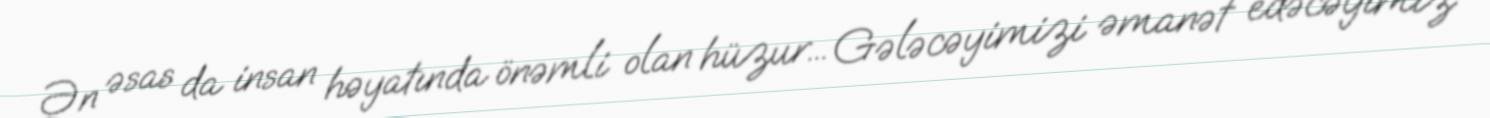
Ən əsas da insan həyatında önəmli olan hüzur... Gələcəyimizi əmanət edəcəyimiz